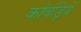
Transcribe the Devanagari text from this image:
कांवड़िये